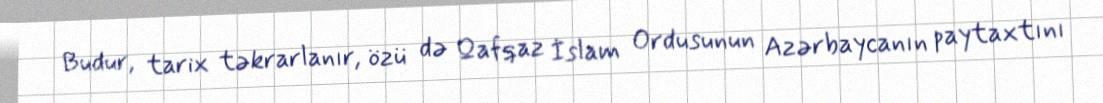
Budur, tarix təkrarlanır, özü də Qafqaz İslam Ordusunun Azərbaycanın paytaxtını